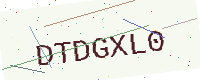
Text: DTDGXL0